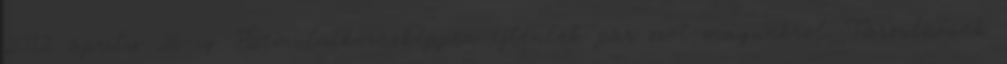
2012. április 26-ig. Bemutatkozásképpen ejtenénk pár szót magunkról. Társulásunk